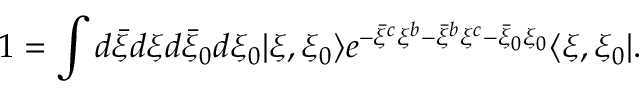
1 = \int d { \bar { \xi } } d \xi d { \bar { \xi } } _ { 0 } d \xi _ { 0 } | \xi , \xi _ { 0 } \rangle e ^ { - { \bar { \xi } } ^ { c } \xi ^ { b } - { \bar { \xi } } ^ { b } \xi ^ { c } - { \bar { \xi } } _ { 0 } \xi _ { 0 } } \langle \xi , \xi _ { 0 } | .